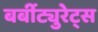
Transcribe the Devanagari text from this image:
बर्बीट्युरेट्स